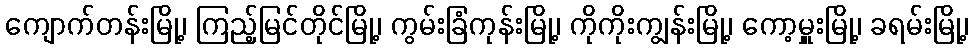
ကျောက်တန်းမြို့၊ ကြည့်မြင်တိုင်မြို့၊ ကွမ်းခြံကုန်းမြို့၊ ကိုကိုးကျွန်းမြို့၊ ကော့မှူးမြို့၊ ခရမ်းမြို့၊